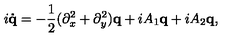
i { \bf \dot { q } } = - \frac { 1 } { 2 } ( \partial _ { x } ^ { 2 } + \partial _ { y } ^ { 2 } ) { \bf q } + i A _ { 1 } { \bf q } + i A _ { 2 } { \bf q } ,